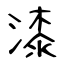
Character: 漆